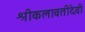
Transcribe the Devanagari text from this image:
श्रीकलावतीदेवी